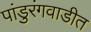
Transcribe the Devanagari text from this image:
पांडुरंगवाडीत